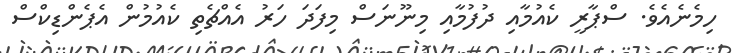
ހިމެނެއެވެ. ސްޕާރީ ކެއުމާއި ދުފުމާއި މިނޫނަސް މިފަދަ ހަރު އެއްޗެތި ކެއުމުން އެޕެންޑިކްސް